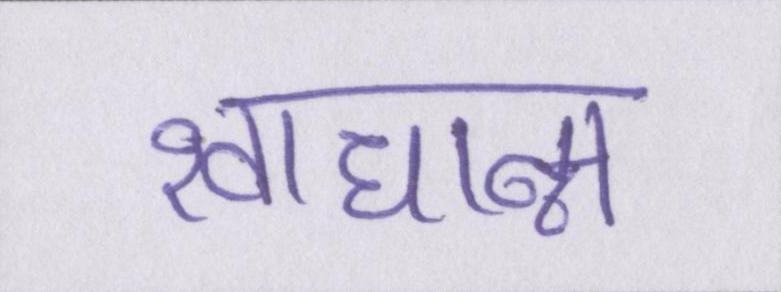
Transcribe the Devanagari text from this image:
खाधान्न